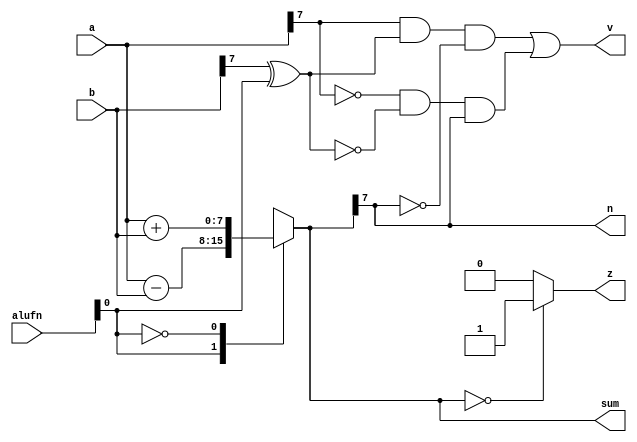
/*
   This file was generated automatically by the Mojo IDE version B1.3.4.
   Do not edit this file directly. Instead edit the original Lucid source.
   This is a temporary file and any changes made to it will be destroyed.
*/

module mojo_adder_2 (
    input [7:0] a,
    input [7:0] b,
    input [5:0] alufn,
    output reg [7:0] sum,
    output reg z,
    output reg n,
    output reg v
  );
  
  
  
  reg [7:0] summ;
  
  always @* begin
    
    case (alufn[0+0-:1])
      1'h1: begin
        summ = a - b;
      end
      1'h0: begin
        summ = a + b;
      end
      default: begin
        summ = 8'h00;
      end
    endcase
    if (summ == 8'h00) begin
      z = 1'h1;
    end else begin
      z = 1'h0;
    end
    n = summ[7+0-:1];
    v = (a[7+0-:1] & (b[7+0-:1] ^ alufn[0+0-:1]) & (~summ[7+0-:1])) | ((~a[7+0-:1]) & (~(b[7+0-:1] ^ alufn[0+0-:1])) & (summ[7+0-:1]));
    sum = summ;
  end
endmodule